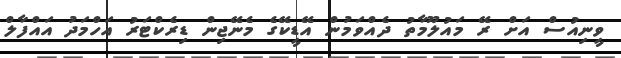
ވީނިއުސް އަށް ރޭ މައުލޫމާތު ދެއްވަމުން އޭޑީކޭގެ މެނޭޖިން ޑިރެކްޓަރު އަހްމަދު އައްފާލް